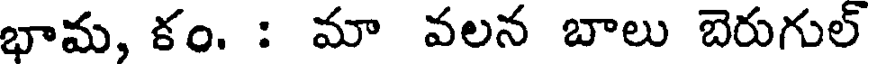
భామ, కం. : మా వలన బాలు బెరుగుల్